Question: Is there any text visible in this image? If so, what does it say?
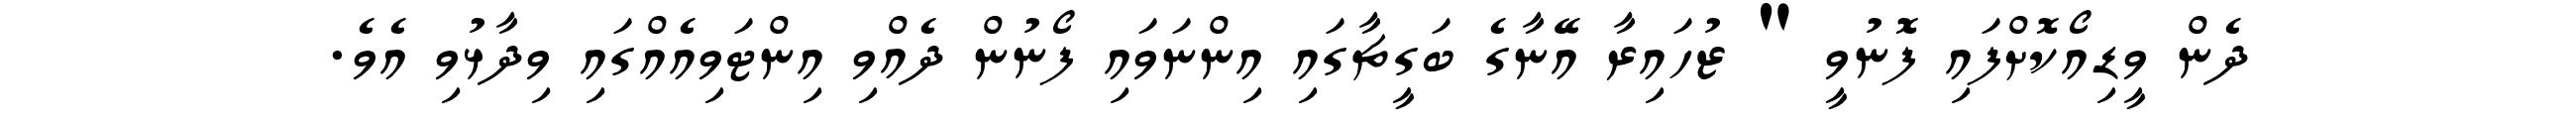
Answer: ދެން ވީޑިއޯކޮށްފައި ފޮނުވީ " ޒުހައިރާ އޭނާގެ ބަގީޗާގައި އިންނަވައި ފޯނުން ދެއްވި އިންޓަވިއެއްގައި ވިދާޅުވި އެވެ.